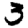
Digit: 3